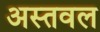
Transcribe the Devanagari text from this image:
अस्तवल